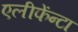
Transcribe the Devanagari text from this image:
एलीफेंन्टा